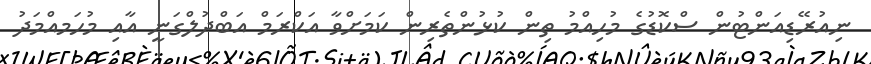
ނިއުރޭޑިއަންޓުން ސްކޮޑުގެ މުހިއްމު ތިން ކުޅުންތެރިން ކަމަށްވާ އަކްރަމް އަބްދުލްގަނީ އާއި މުހަމއްމަދު